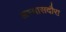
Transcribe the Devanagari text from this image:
अभ्यासदौरा